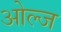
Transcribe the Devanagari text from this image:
ओल्ज